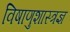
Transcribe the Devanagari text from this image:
विषाणुशास्त्रज्ञ